Civil Veterinary Dept. Bombay admin report 1923-31 - 1923-1931
Year: 1923
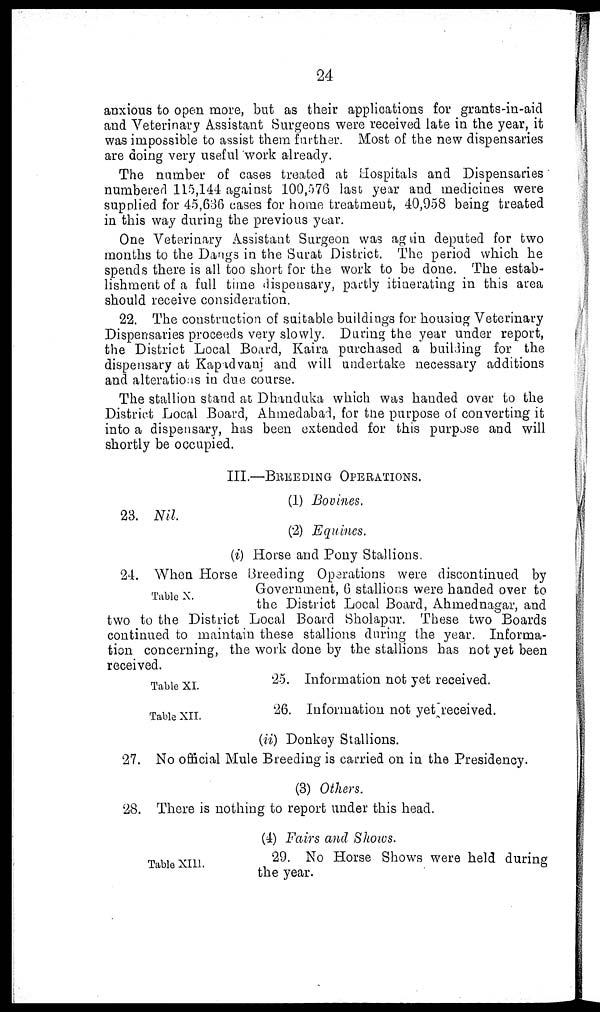
24
anxious to open more, but as their applications for grants-in-aid
and Veterinary Assistant Surgeons were received late in the year, it
was impossible to assist them further. Most of the new dispensaries
are doing very useful work already.
The number of cases treated at Hospitals and Dispensaries
numbered 115,144 against 100,576 last year and medicines were
supplied for 45,636 cases for home treatment, 40,958 being treated
in this way during the previous year.
One Veterinary Assistant Surgeon was again deputed for two
months to the Dangs in the Surat District. The period which he
spends there is all too short for the work to be done. The estab-
lishment of a full time dispensary, partly itinerating in this area
should receive consideration.
22. The construction of suitable buildings for housing Veterinary
Dispensaries proceeds very slowly. During the year under report,
the District Local Board, Kaira purchased a building for the
dispensary at Kapadvani and will undertake necessary additions
and alterations in due course.
The stallion stand at Dhanduka which was handed over to the
District Local Board, Ahmedabad, for the purpose of converting it
into a dispensary, has been extended for this purpose and will
shortly be occupied.
III.—BREEDING OPERATIONS.
(1) Bovines.
23. Nil
(2) Equines.
(i) Horse and Pony Stallions.
Table X.
24. When Horse Breeding Operations were discontinued by
Government, 6 stallions were handed over to
the District Local Board, Ahmednagar, and
two to the District Local Board Sholapur. These two Boards
continued to maintain these stallions during the year. Informa-
tion concerning, the work done by the stallions has not yet been
received.
Table XI.
25. Information not yet received.
Table XII.
26. Information not yet received.
(ii) Donkey Stallions.
27. No official Mule Breeding is carried on in the Presidency.
(3) Others.
28. There is nothing to report under this head.
(4) Fairs and Shows.
Table XIII.
29. No Horse Shows were held during
the year.